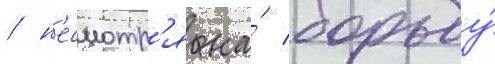
/ н'есмотр'я на́ борьбу́